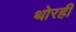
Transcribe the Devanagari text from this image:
थोरही